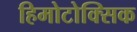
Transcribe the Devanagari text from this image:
हिमोटोक्सिक